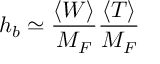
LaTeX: h _ { b } \simeq \frac { \langle W \rangle } { M _ { F } } \frac { \langle T \rangle } { M _ { F } }